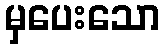
မှပေးသော